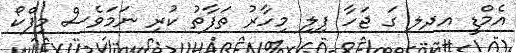
އެމްޑީ އދލ ގަ ޖަހާ ފިލި މިހާރު ތަފާތު ކުރި ނަމަވެސް މިފްކޯ